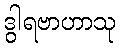
ဒွါရဗာဟာသု